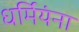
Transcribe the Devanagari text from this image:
धर्मियंना